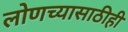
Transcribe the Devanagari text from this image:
लोणच्यासाठीही